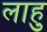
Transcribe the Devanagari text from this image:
लाहु